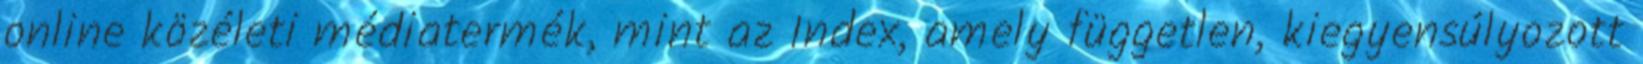
online közéleti médiatermék, mint az Index, amely független, kiegyensúlyozott